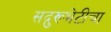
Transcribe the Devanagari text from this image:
सद्गुरूभेटीचा